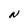
Character: N